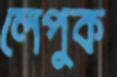
লেপুক